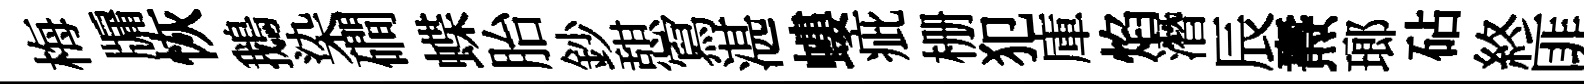
梅牖恢鵝染磵蝶胎鈔憇冩湛螻疵栅犯庫焰潛辰燾瑯砧終匪